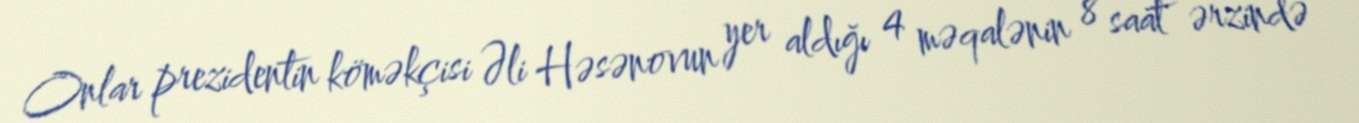
Onlar prezidentin köməkçisi Əli Həsənovun yer aldığı 4 məqalənin 8 saat ərzində